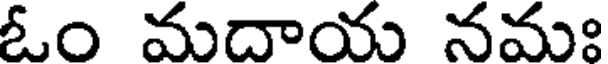
ఓం మదాయ నమః